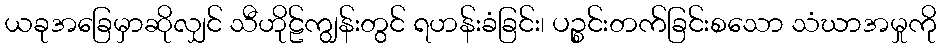
ယခုအခြေမှာဆိုလျှင် သီဟိုဠ်ကျွန်းတွင် ရဟန်းခံခြင်း၊ ပဉ္စင်းတက်ခြင်းစသော သံဃာအမှုကို